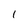
Character: l